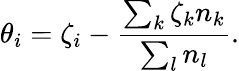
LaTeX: \theta_{i}=\zeta_{i}-\frac{\sum_{k}\zeta_{k}n_{k}}{\sum_{l}n_{l}}.